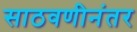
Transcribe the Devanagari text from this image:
साठवणीनंतर